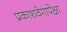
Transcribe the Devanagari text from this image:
प्रकाशवेगापेक्षा